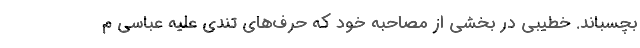
بچسباند. خطیبی در بخشی از مصاحبه خود که حرف‌های تندی علیه عباسی م